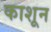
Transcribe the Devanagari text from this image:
काशून